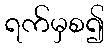
ရက်မှစ၍